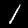
Digit: 1